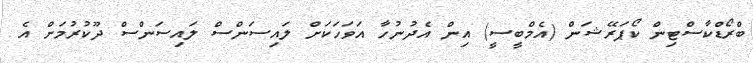
ބްރޯޑްކާސްޓިން ކޯޕަރޭޝަން (އެމްބީސީ) އިން އެދުނުހާ އަވަހަކަށް ލައިސަންސް ލައިސަންސް ދޫކުރުމަށް އެ